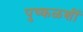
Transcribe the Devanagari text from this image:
पुष्कळशीं